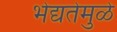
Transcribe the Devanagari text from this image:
भेद्यतेमुळे